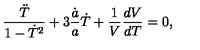
\frac { \ddot { T } } { 1 - \dot { T } ^ { 2 } } + 3 \frac { \dot { a } } { a } \dot { T } + \frac { 1 } { V } \frac { d V } { d T } = 0 ,